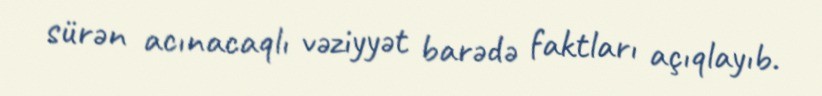
sürən acınacaqlı vəziyyət barədə faktları açıqlayıb.